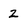
Character: 2